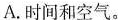
A.时间和空气。